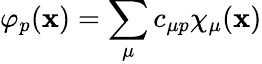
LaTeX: \varphi_{p}({\mathbf{x}})=\sum_{\mu}c_{\mu p}\chi_{\mu}({\mathbf{x}})